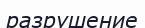
разрушение